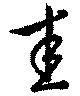
圭